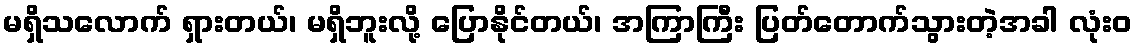
မရှိသလောက် ရှားတယ်၊ မရှိဘူးလို့ ပြောနိုင်တယ်၊ အကြာကြီး ပြတ်တောက်သွားတဲ့အခါ လုံးဝ